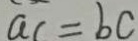
a c = b c